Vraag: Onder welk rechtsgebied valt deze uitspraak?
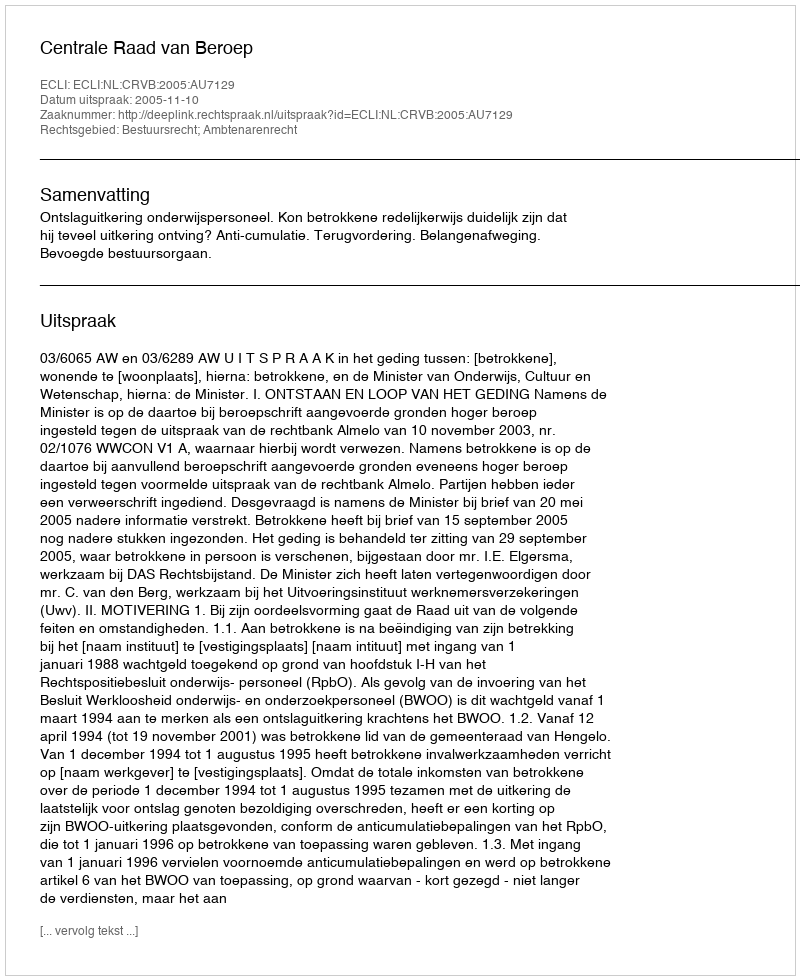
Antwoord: Bestuursrecht; Ambtenarenrecht